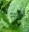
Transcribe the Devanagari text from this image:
स्‍थळांचे